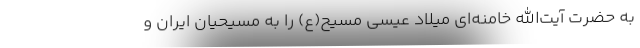
به حضرت آیت‌الله خامنه‌ای میلاد عیسی مسیح(ع) را به مسیحیان ایران و